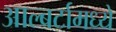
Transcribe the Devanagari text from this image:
आल्बर्टामध्ये